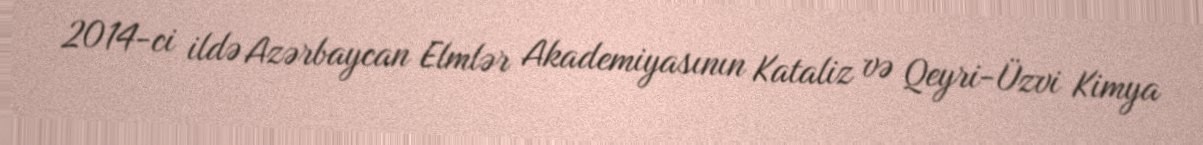
2014-ci ildə Azərbaycan Elmlər Akademiyasının Kataliz və Qeyri-Üzvi Kimya